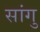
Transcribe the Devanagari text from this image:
सांगु